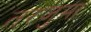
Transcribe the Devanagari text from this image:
तरजुमा